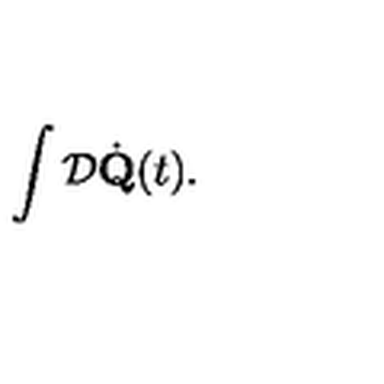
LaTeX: \int { \cal D } \dot { \bf Q } ( t ) .